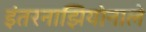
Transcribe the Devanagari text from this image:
इंतरनाझियोनाले